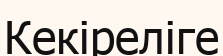
Кекіреліге